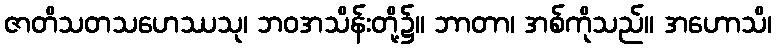
ဇာတိသတသဟေဿသု၊ ဘဝအသိန်းတို့၌။ ဘာတာ၊ အစ်ကိုသည်။ အဟောသိ၊